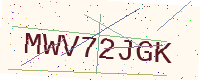
Text: MWV72JGK